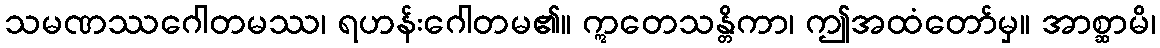
သမဏဿဂေါတမဿ၊ ရဟန်းဂေါတမ၏။ ဣတေသန္တိကာ၊ ဤအထံတော်မှ။ အာစ္ဆာမိ၊